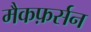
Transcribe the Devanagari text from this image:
मैकफ़र्सन